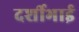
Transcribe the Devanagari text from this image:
दर्शीभाई